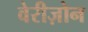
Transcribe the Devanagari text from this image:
वेरीज़ोन